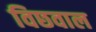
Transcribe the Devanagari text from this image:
विछवाल